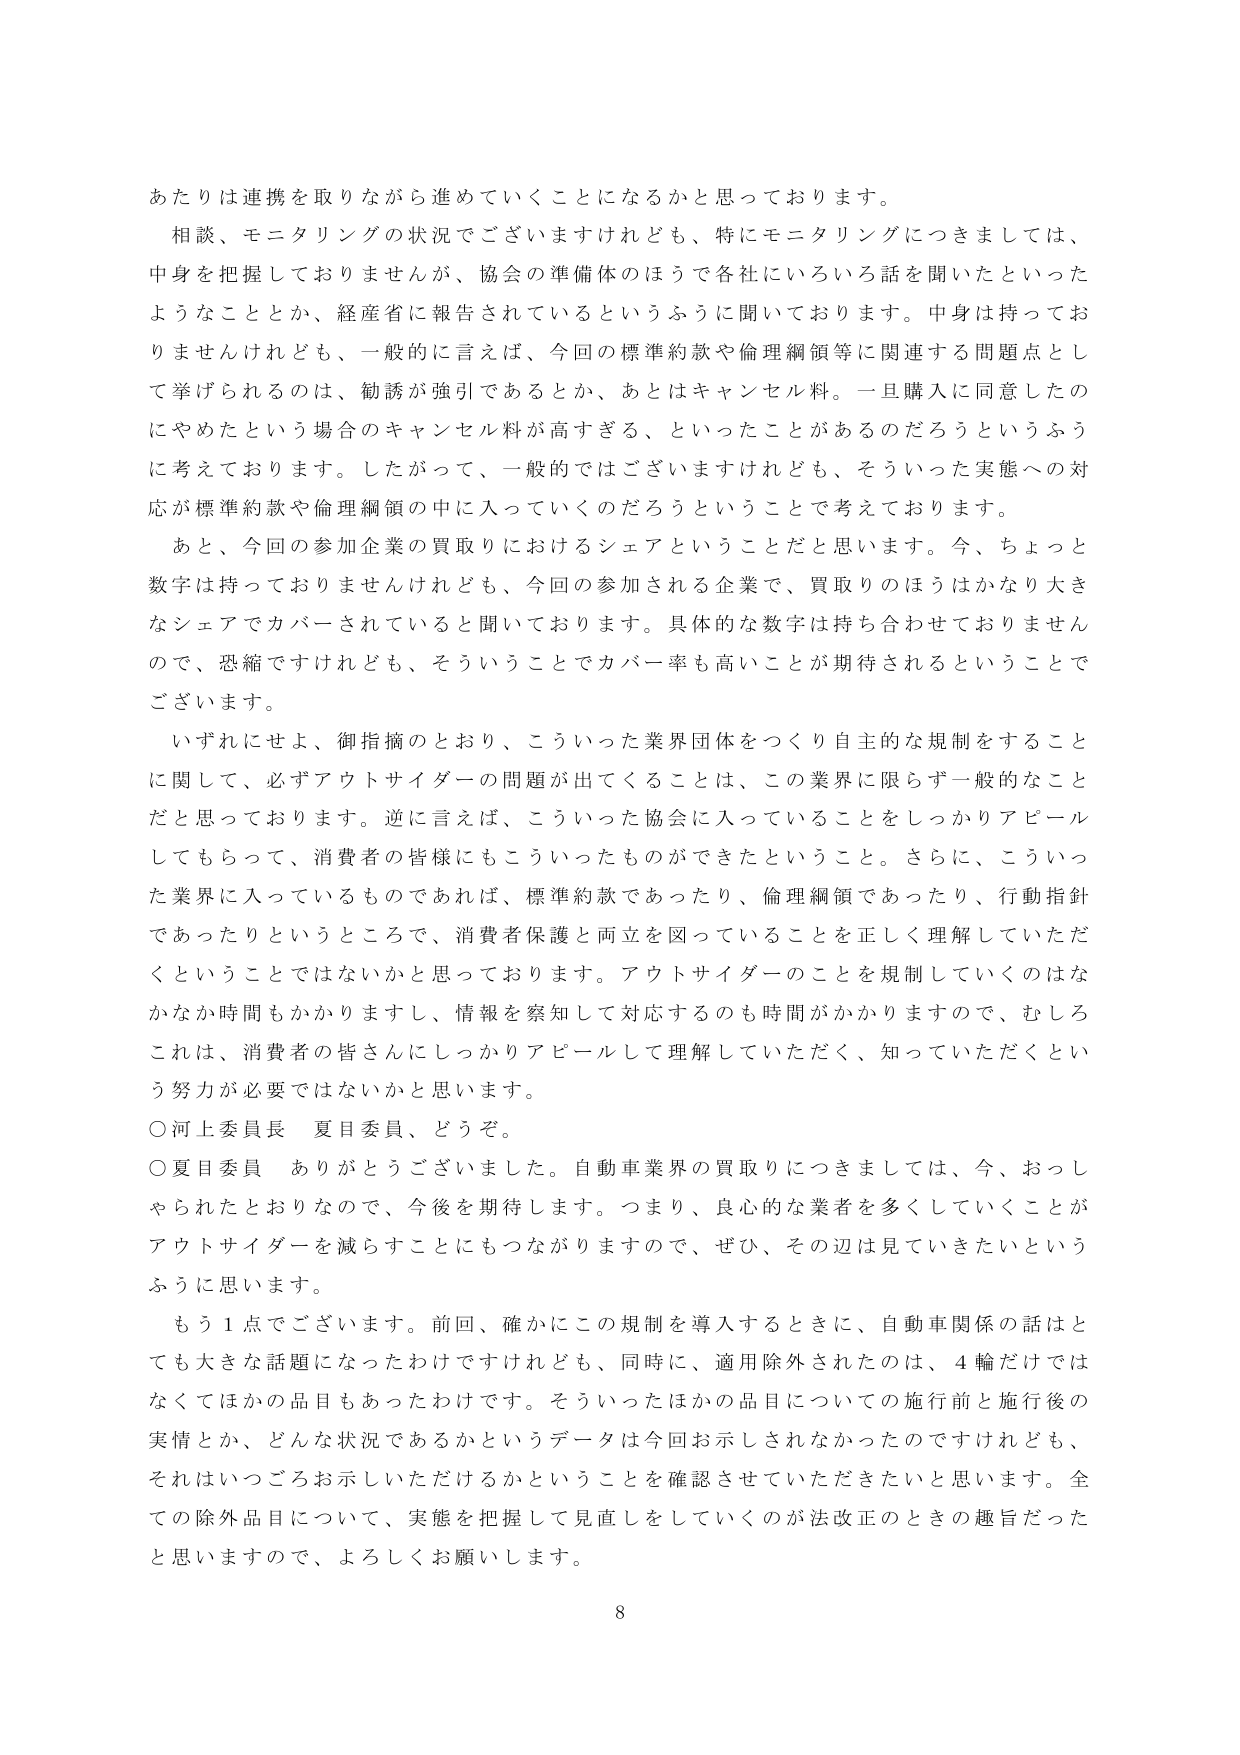
あたりは連携を取りながら進めていくことになるかと思っております。

相談、モニタリングの状況でございますけれども、特にモニタリングにつきましては、中身を把握しておりませんが、協会の準備体のほうで各社にいろいろ話を聞いたといったようなこととか、経産省に報告されているというふうに聞いております。中身は持っておりませんけれども、一般的に言えば、今回の標準約款や倫理綱領等に関連する問題点として挙げられるのは、勧誘が強引であるとか、あとはキャンセル料。一旦購入に同意したのにやめたという場合のキャンセル料が高すぎる、といったことがあるのだろうというふうに考えております。したがって、一般的ではございますけれども、そういった実態への対応が標準約款や倫理綱領の中に入っていくのだろうということで考えております。

あと、今回の参加企業の買取りにおけるシェアということだと思います。今、ちょっと数字は持っておりませんけれども、今回の参加される企業で、買取りのほうはかなり大きなシェアでカバーされていると聞いております。具体的な数字は持ち合わせておりませんので、恐縮ですけれども、そういうことでカバー率も高いことが期待されるということでございます。

いずれにせよ、御指摘のとおり、こういった業界団体をつくり自主的な規制をすることに関して、必ずアウトサイダーの問題が出てくることは、この業界に限らず一般的なことだと思っております。逆に言えば、こういった協会に入っていることをしっかりアピールしてもらって、消費者の皆様にもこういったもののができたということ。さらに、こういった業界に入っているものであれば、標準約款であったり、倫理綱領であったり、行動指針であったりというところで、消費者保護と両立を図っていることを正しく理解していただくということではないかと思っております。アウトサイダーのことを規制していくのはなかなか時間もかかりますし、情報を察知して対応するのも時間がかかりますので、むしろこれは、消費者の皆さんにしっかりアピールして理解していただく、知っていただくという努力が必要ではないかと思います。

○河上委員長　夏目委員、どうぞ。

○夏目委員　ありがとうございました。自動車業界の買取りにつきましては、今、おっしゃられたとおりなので、今後を期待します。つまり、良心的な業者を多くしていくことがアウトサイダーを減らすことにもつながりますので、ぜひ、その辺を見てきたいというふうに思います。

もう１点でございます。前回、確かにこの規制を導入するときに、自動車関係の話はとても大きな話題になったわけですが、同時に、適用除外されたのは、４輪だけではなくてほかの品目もあったわけです。そういったほかの品目についての施行前と施行後の実情とか、どんな状況であるかというデータは今回お示しされなかったのですけれども、それはいつごろお示しいただけるかということを確認させていただきたいと思います。全ての除外品目について、実態を把握して見直しをしていくのが法改正のときの趣旨だったと思いますので、よろしくお願いします。

8